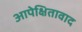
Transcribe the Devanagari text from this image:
आपेक्षितावाद